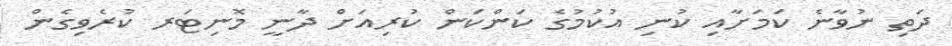
ދަތި ނުވާނެ ކަމަށާއި ކުނި އުކުމުގެ ކަންކަން ކުރިއަށް ދާނީ މޮނިޓަރ ކުރެވިގެން